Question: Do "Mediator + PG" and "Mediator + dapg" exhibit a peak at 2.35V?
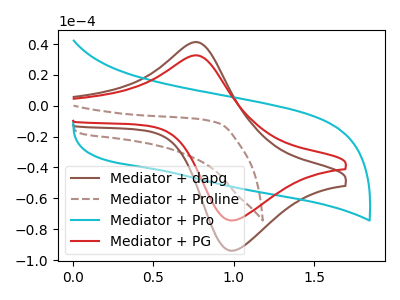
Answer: <think>The brown curve "Mediator + dapg" has an anodic peak at (0.75V, 41.20uA) and a cathodic peak at (1.00V, -93.90uA). The brown dashed curve "Mediator + Proline" has no peaks. The cyan curve "Mediator + Pro" has no peaks. The red curve "Mediator + PG" has an anodic peak at (0.75V, 32.60uA) and a cathodic peak at (1.00V, -74.35uA).</think>
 <answer>No, "Mediator + PG" and "Mediator + dapg" dont share a peak at 2.35V.</answer>
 <eval>mismatch</eval>